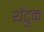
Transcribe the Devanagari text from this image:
थेंटुक